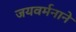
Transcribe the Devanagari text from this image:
जयवर्मनाने